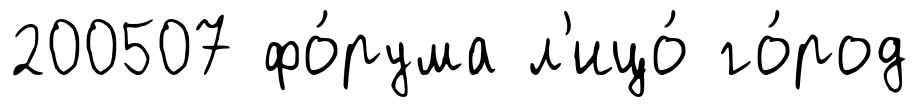
200507 фо́рума л'ицо́ го́род